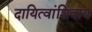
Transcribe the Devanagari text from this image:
दायित्वांशिवाय